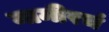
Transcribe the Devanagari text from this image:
मामीरचं